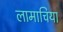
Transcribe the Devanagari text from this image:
लामाचिया